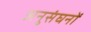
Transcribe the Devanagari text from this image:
अनुसंघनों